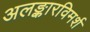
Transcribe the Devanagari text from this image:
अलङ्कारविमर्श